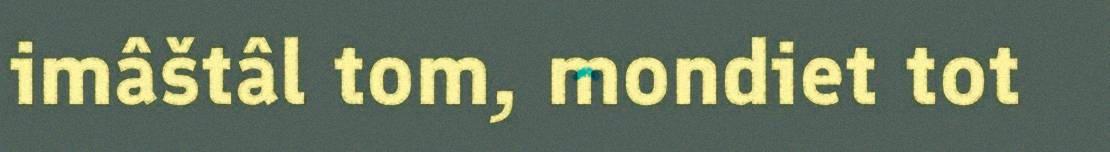
imâštâl tom, mondiet tot